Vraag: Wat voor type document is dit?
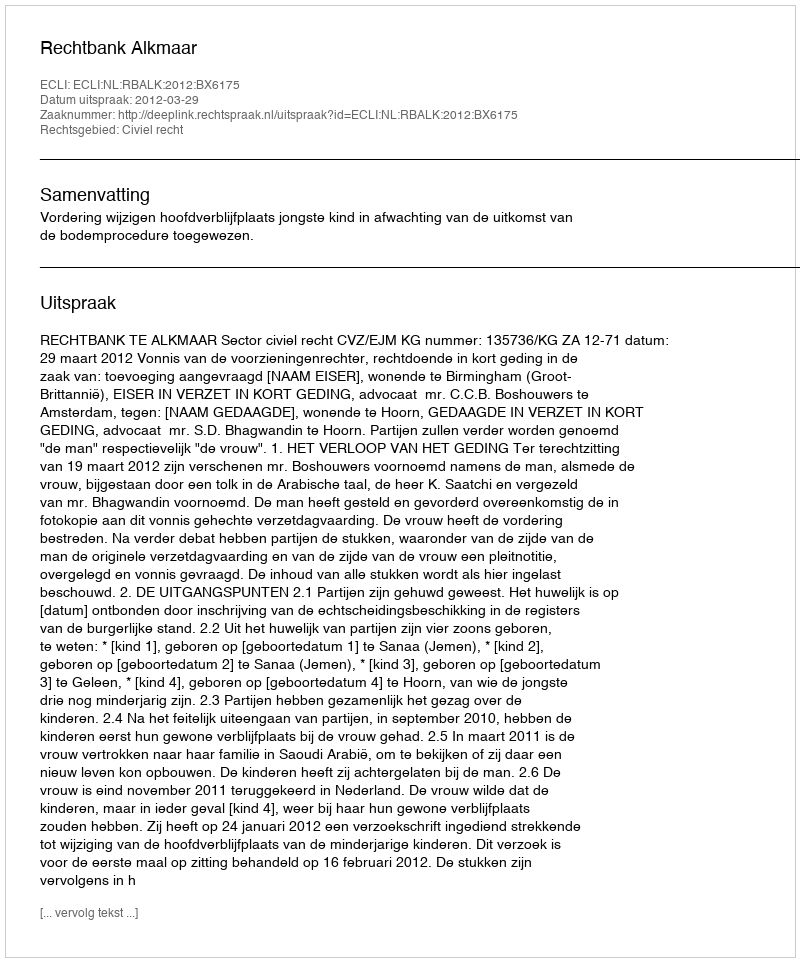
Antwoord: Uitspraak